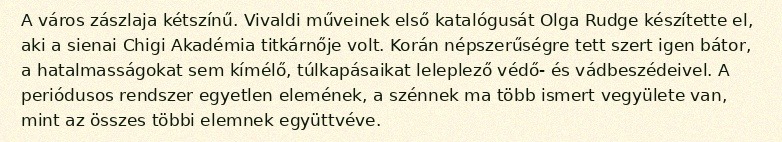
A város zászlaja kétszínű. Vivaldi műveinek első katalógusát Olga Rudge készítette el, aki a sienai Chigi Akadémia titkárnője volt. Korán népszerűségre tett szert igen bátor, a hatalmasságokat sem kímélő, túlkapásaikat leleplező védő- és vádbeszédeivel. A periódusos rendszer egyetlen elemének, a szénnek ma több ismert vegyülete van, mint az összes többi elemnek együttvéve.